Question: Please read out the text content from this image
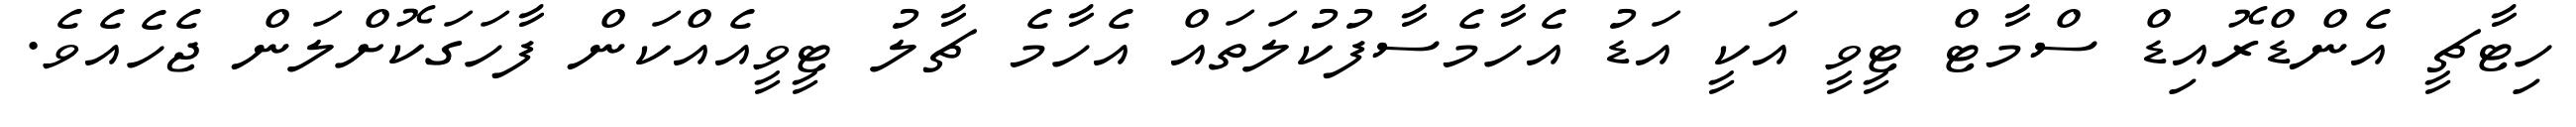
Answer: ހިޓާޗީ އެންޑްރޮއިޑް ސްމާޓް ޓީވީ އަކީ އަޑު އެހާމެސާފުކުލަތައް އެހާމެ ޗާލު ޓީވީއެއްކަން ފާހަގަކޮށްލަން ޖެހެއެވެ.